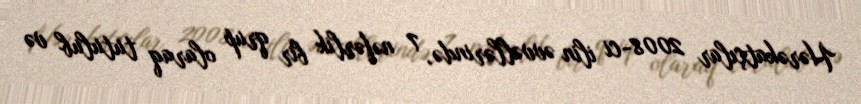
Hərəkatçılar 2008-ci ilin əvvəllərində, 7 nəfərlik bir qrup olaraq tutulub və